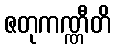
ဇတုကဏ္ဏီတိ